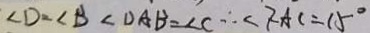
\angle D = \angle B \angle D A B = \angle C \therefore \angle F A C = 1 5 ^ { \circ }